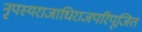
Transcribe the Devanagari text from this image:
नृपस्यराजाधिराजपरिपूजित